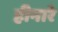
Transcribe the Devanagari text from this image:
हीनारे